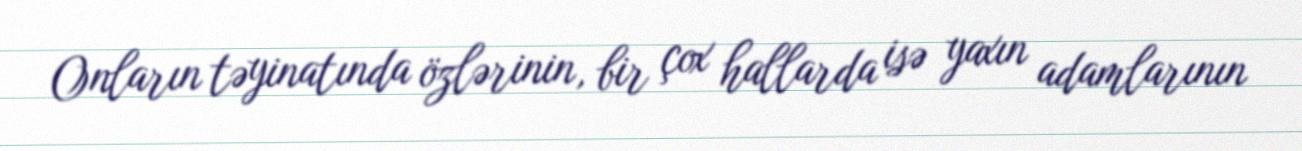
Onların təyinatında özlərinin, bir çox hallarda isə yaxın adamlarının